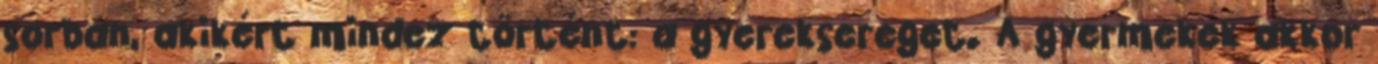
sorban, akikért mindez történt: a gyereksereget. A gyermekek akkor